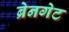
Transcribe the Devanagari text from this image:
ब्रेनगेट